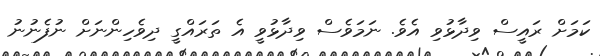
ކަމަށް ރައީސް ވިދާޅުވި އެވެ. ނަމަވެސް ވިދާޅުވީ އެ ތަރައްގީ ދިވެހިންނަށް ނުފެނުނު